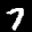
Label: 7